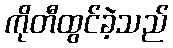
ကိုတီထွင်ခဲ့သည်